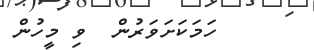
ހަމަކަށަވަރުން  ވި މީހުން